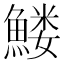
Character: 𱆹